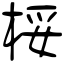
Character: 桵